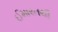
ઈમારતથી